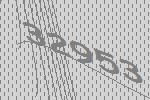
32953